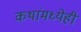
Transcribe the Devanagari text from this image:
कथांमध्येही